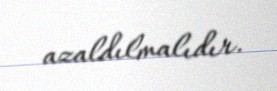
azaldılmalıdır.